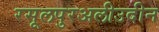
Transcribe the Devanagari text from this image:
रसूलपुरअलीउदीन